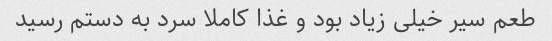
طعم سیر خیلی زیاد بود و غذا کاملا سرد به دستم رسید